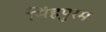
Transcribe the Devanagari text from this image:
सिंहपुरम